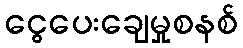
ငွေပေးချေမှုစနစ်